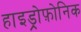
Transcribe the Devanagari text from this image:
हाइड्रोफ़ोनिक